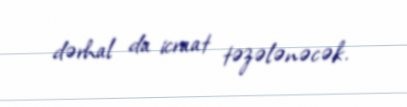
dərhal da icraat təzələnəcək.